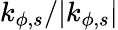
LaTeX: k_{\phi,s}/|k_{\phi,s}|